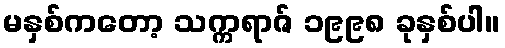
မနှစ်ကတော့ သက္ကရာဇ် ၁၉၉၈ ခုနှစ်ပါ။